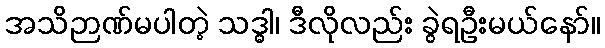
အသိဉာဏ်မပါတဲ့ သဒ္ဓါ၊ ဒီလိုလည်း ခွဲရဦးမယ်နော်။